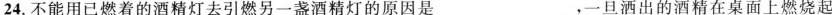
24.不能用已燃着的酒精灯去引燃另一盏酒精灯的原因是______，一旦洒出的酒精在桌面上燃烧起